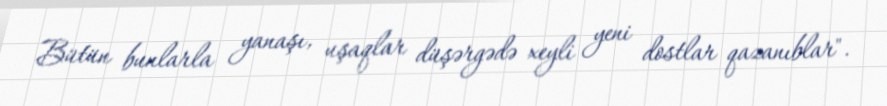
Bütün bunlarla yanaşı, uşaqlar düşərgədə xeyli yeni dostlar qazanıblar".